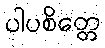
ပါပစိတ္တေ